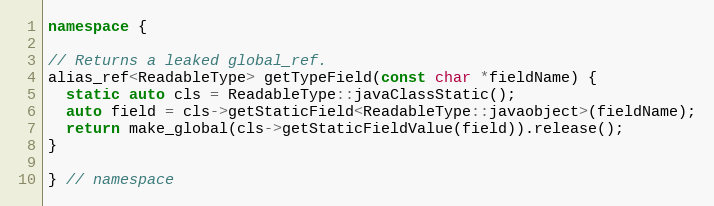
Language: C++
namespace {

// Returns a leaked global_ref.
alias_ref<ReadableType> getTypeField(const char *fieldName) {
  static auto cls = ReadableType::javaClassStatic();
  auto field = cls->getStaticField<ReadableType::javaobject>(fieldName);
  return make_global(cls->getStaticFieldValue(field)).release();
}

} // namespace